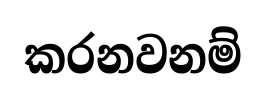
කරනවනම්